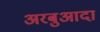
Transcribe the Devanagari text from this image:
अरबुआदा